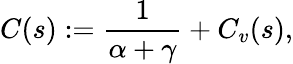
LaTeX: C(s):=\frac{1}{\alpha+\gamma}+C_{v}(s),